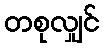
တစုလျှင်